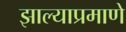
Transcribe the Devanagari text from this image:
झाल्याप्रमाणे